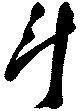
斗